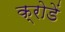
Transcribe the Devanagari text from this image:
क्रोडें